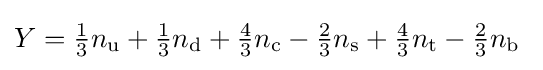
Y={\tfrac {1}{3}}n_{\textrm {u}}+{\tfrac {1}{3}}n_{\textrm {d}}+{\tfrac {4}{3}}n_{\textrm {c}}-{\tfrac {2}{3}}n_{\textrm {s}}+{\tfrac {4}{3}}n_{\textrm {t}}-{\tfrac {2}{3}}n_{\textrm {b}}~